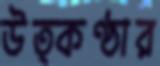
উত্কণ্ঠার